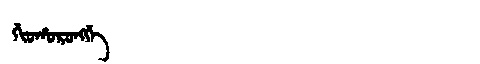
Manchu: ᡤᡳᠣᡥᠣᡵᠣᠩᡤᡝ
Romanization: GIOHORONGGE